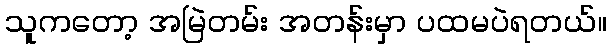
သူကတော့ အမြဲတမ်း အတန်းမှာ ပထမပဲရတယ်။